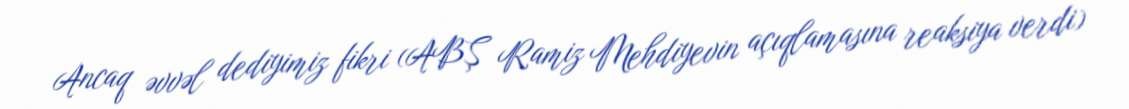
Ancaq əvvəl dediyimiz fikri (ABŞ Ramiz Mehdiyevin açıqlamasına reaksiya verdi)